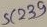
Text: 239